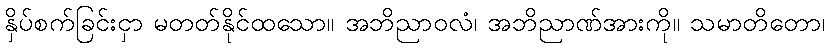
နှိပ်စက်ခြင်းငှာ မတတ်နိုင်ထသော။ အဘိညာဝလံ၊ အဘိညာဏ်အားကို။ သမာတိတော၊